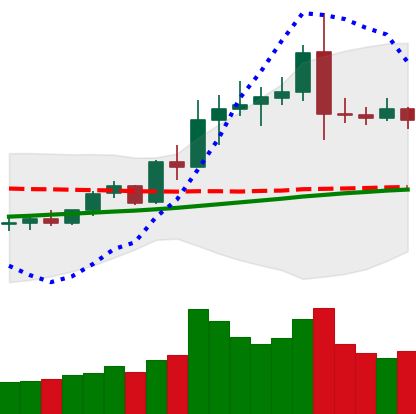
Ticker: ETC-USD
Chart end date: 2020-08-06
Forward return: -4.868%
Label: down_3_5